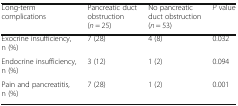
| Long-term complications | Pancreatic duct obstruction (n = 25) | No pancreatic duct obstruction (n = 53) | P value |
 | --- | --- | --- | --- |
 | Exocrine insufficiency, n (%) | 7 (28) | 4 (8) | 0.032 |
 | Endocrine insufficiency, n (%) | 3 (12) | 1 (2) | 0.094 |
 | Pain and pancreatitis, n (%) | 7 (28) | 1 (2) | 0.001 |